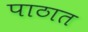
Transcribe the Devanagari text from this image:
पाठात